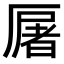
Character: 𠪡